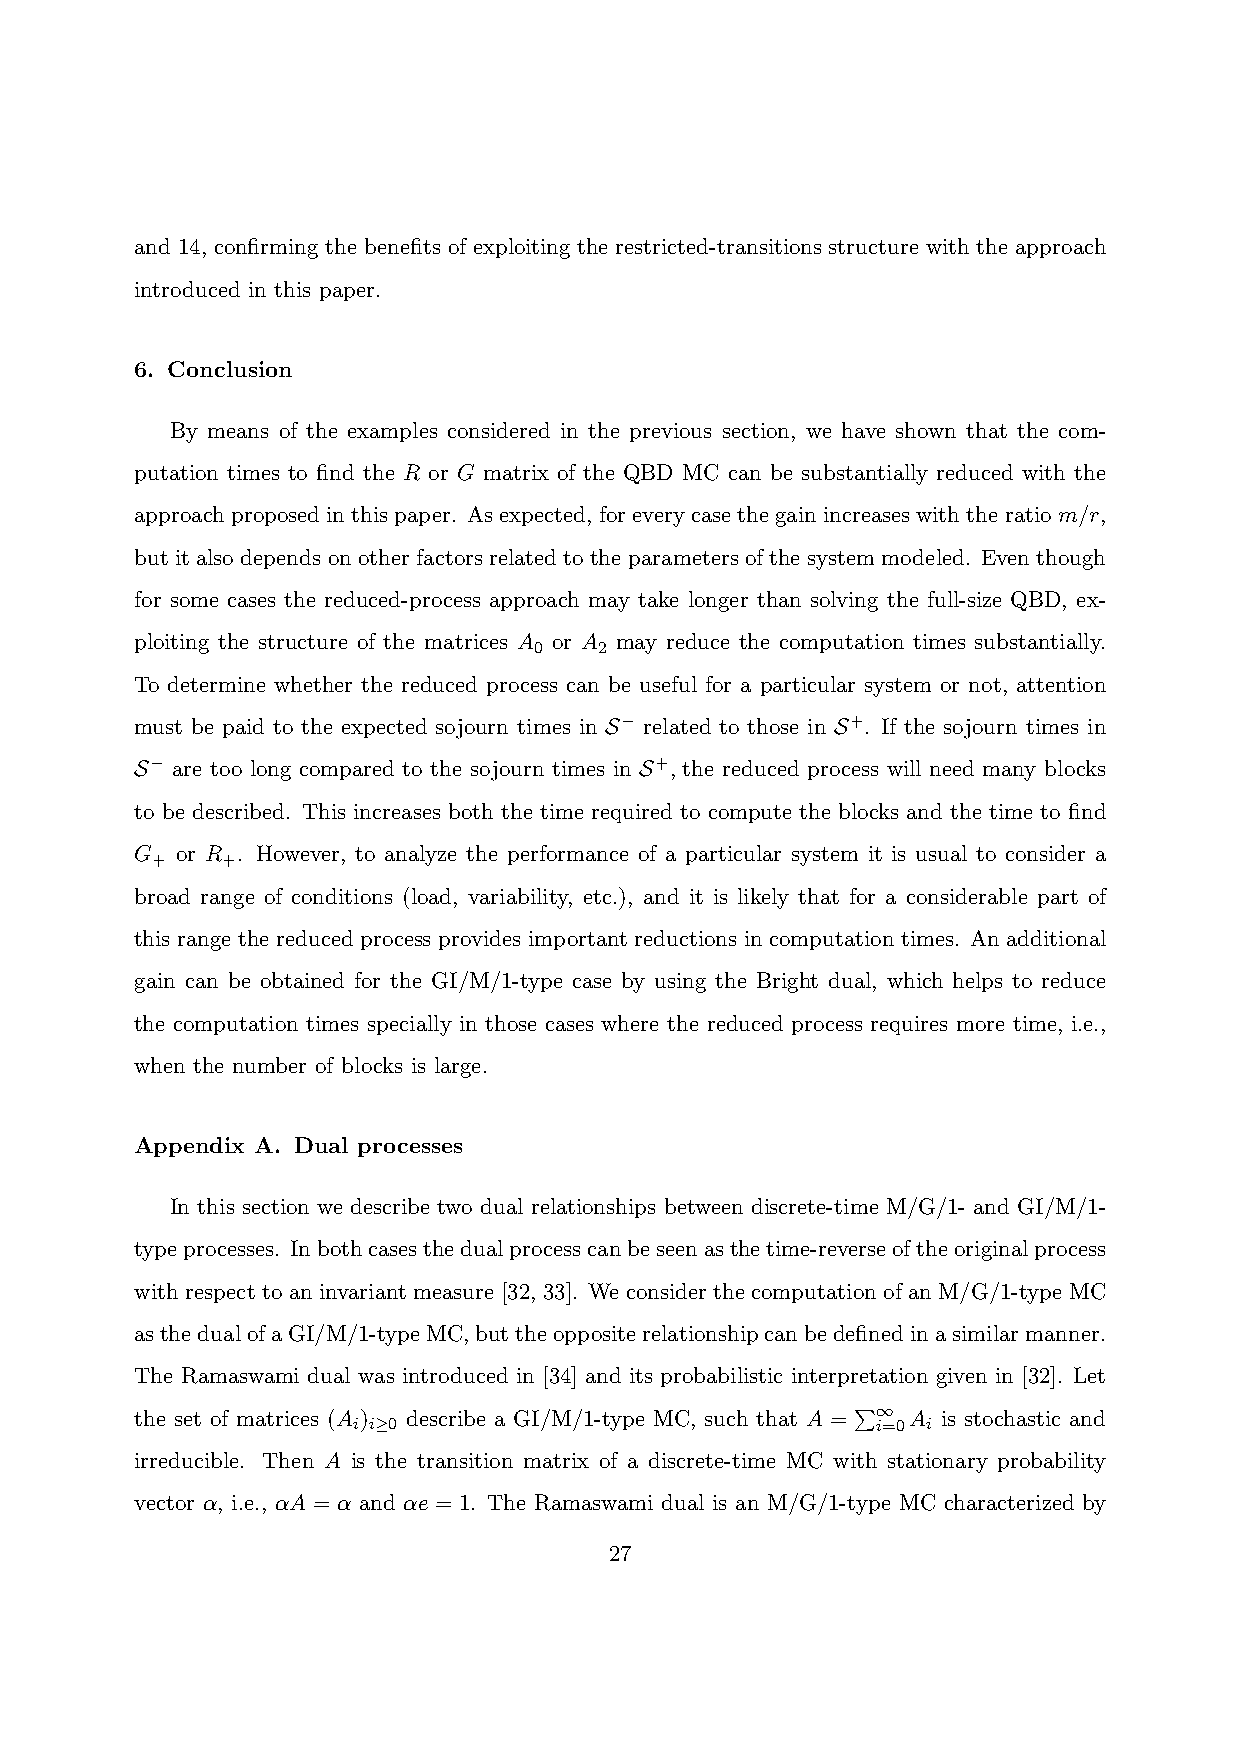
and 14, confirming the benefits of exploiting the restricted-transitions structure with the approach
 introduced in this paper.
 6. Conclusion
 By means of the examples considered in the previous section, we have shown that the com-
 putation times to find the R or G matrix of the QBD MC can be substantially reduced with the
 approachproposedinthispaper. Asexpected, foreverycasethegainincreaseswiththeratiom/r,
 but it also depends on other factors related to the parameters of the system modeled. Even though
 for some cases the reduced-process approach may take longer than solving the full-size QBD, ex-
 ploiting the structure of the matrices A or A may reduce the computation times substantially.
 0    2
 To determine whether the reduced process can be useful for a particular system or not, attention
 must be paid to the expected sojourn times in S− related to those in S+. If the sojourn times in
 S− are too long compared to the sojourn times in S+, the reduced process will need many blocks
 to be described. This increases both the time required to compute the blocks and the time to find
 G  or R . However, to analyze the performance of a particular system it is usual to consider a
 +    +
 broad range of conditions (load, variability, etc.), and it is likely that for a considerable part of
 this range the reduced process provides important reductions in computation times. An additional
 gain can be obtained for the GI/M/1-type case by using the Bright dual, which helps to reduce
 the computation times specially in those cases where the reduced process requires more time, i.e.,
 when the number of blocks is large.
 Appendix A. Dual processes
 In this section we describe two dual relationships between discrete-time M/G/1- and GI/M/1-
 typeprocesses. Inbothcasesthedualprocesscanbeseenasthetime-reverseoftheoriginalprocess
 with respect to an invariant measure [32, 33]. We consider the computation of an M/G/1-type MC
 asthedualofaGI/M/1-typeMC,buttheoppositerelationshipcanbedefinedinasimilarmanner.
 The Ramaswami dual was introduced in [34] and its probabilistic interpretation given in [32]. Let
 the set of matrices (A ) describe a GI/M/1-type MC, such that A = ∞ A is stochastic and
 i i≥0                              i=0 i
 irreducible. Then A is the transition matrix of a discrete-time MC wiPth stationary probability
 vector α, i.e., αA = α and αe = 1. The Ramaswami dual is an M/G/1-type MC characterized by
 27